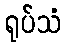
ရုပ်သံ